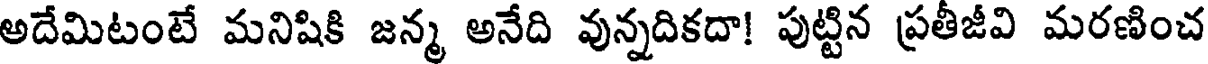
అదేమిటంటే మనిషికి జన్మ అనేది వున్నదికదా! పుట్టిన ప్రతీజీవి మరణించ